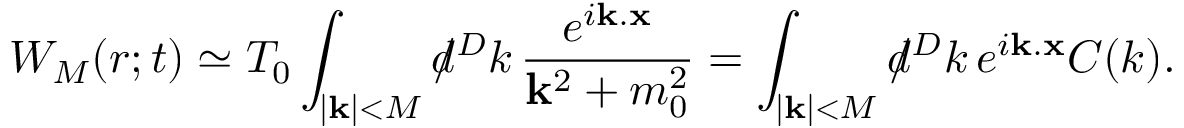
W _ { M } ( r ; t ) \simeq T _ { 0 } \int _ { | { \bf k } | < M } d \! \! \! / ^ { D } k \, \frac { e ^ { i { \bf k } . { \bf x } } } { { \bf k } ^ { 2 } + m _ { 0 } ^ { 2 } } = \int _ { | { \bf k } | < M } d \! \! \! / ^ { D } k \, e ^ { i { \bf k } . { \bf x } } { \cal C } ( k ) .